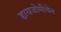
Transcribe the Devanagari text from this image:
डायजोमीथेन